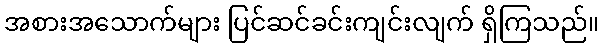
အစားအသောက်များ ပြင်ဆင်ခင်းကျင်းလျက် ရှိကြသည်။